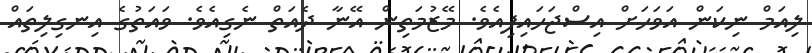
ލިއަމް ނިކަން އަވަހަށް އިސްޖަހައިފިއެވެ. މޭޒުމަތިން އޭނާ ދެއަތް ނެގިއެވެ. ވައަތުގެ އިނގިލިތައް